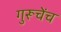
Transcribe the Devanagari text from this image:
गुरूचेंच